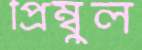
প্রিম্বুল